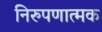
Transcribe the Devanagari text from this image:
निरुपणात्मक